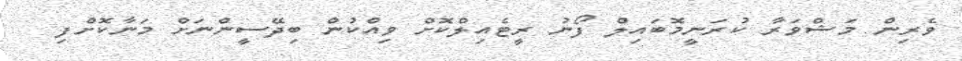
ވެރިން މަޝްވަރާ ކުރަނީމޮބައިލް ފޯނު ރީޓެއިލްކޮށް ވިއްކުން ބިދޭސީންނަށް މަނާކޮށްފި